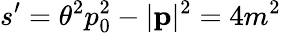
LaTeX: s^{\prime}=\theta^{2}p_{0}^{2}-|\mathbf{p}|^{2}=4m^{2}